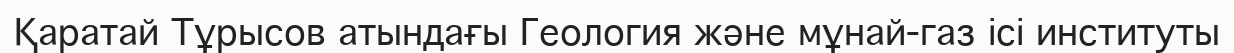
Қаратай Тұрысов атындағы Геология және мұнай-газ ісі институты